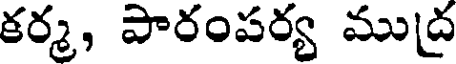
కర్మ, పారంపర్య ముద్ర